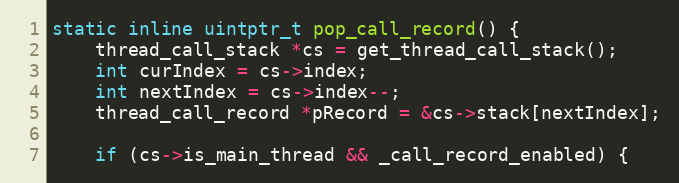
Language: C
static inline uintptr_t pop_call_record() {
    thread_call_stack *cs = get_thread_call_stack();
    int curIndex = cs->index;
    int nextIndex = cs->index--;
    thread_call_record *pRecord = &cs->stack[nextIndex];

    if (cs->is_main_thread && _call_record_enabled) {